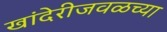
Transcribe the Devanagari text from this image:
खांदेरीजवळच्या